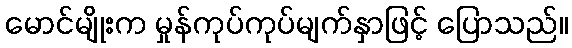
မောင်မျိုးက မှုန်ကုပ်ကုပ်မျက်နှာဖြင့် ပြောသည်။